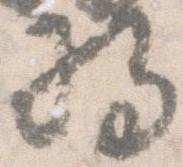
将